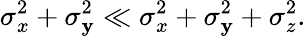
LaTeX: \sigma_{x}^{2}+\sigma_{\mathbf{y}}^{2}\ll\sigma_{x}^{2}+\sigma_{\mathbf{y}}^{2}+\sigma_{z}^{2}.